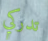
تدركي